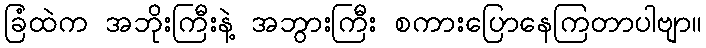
ခြံထဲက အဘိုးကြီးနဲ့ အဘွားကြီး စကားပြောနေကြတာပါဗျာ။